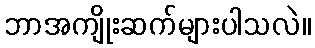
ဘာအကျိုးဆက်များပါသလဲ။